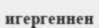
игергеннен